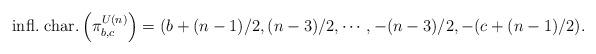
LaTeX: \begin{align*}\hbox{infl.~char.}\left(\pi^{U(n)}_{b,c}\right) = (b+(n-1)/2,(n-3)/2,\cdots,-(n-3)/2,-(c+(n-1)/2).\end{align*}